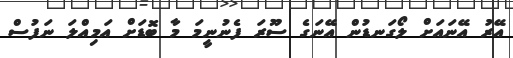
އޭރު އޭނައަށް ލޯގަނޑުން އޭނަގެ ސޫރަ ފެނުނީމަ މާ ބޮޑަށް އަމިއްލަ ނަފުސް